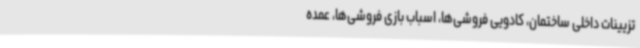
تزیینات داخلی ساختمان، کادویی فروشی‌ها، اسباب بازی فروشی‌ها، عمده